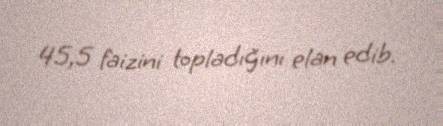
45,5 faizini topladığını elan edib.